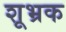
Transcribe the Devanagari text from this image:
शूभ्रक